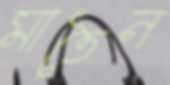
মাতৈন